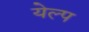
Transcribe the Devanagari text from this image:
येल्प